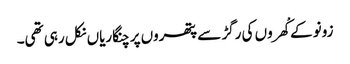
زونو کے کْھروں کی رگڑ سے پتھروں پر چنگاریاں نکل رہی تھی۔